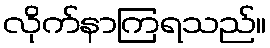
လိုက်နာကြရသည်။